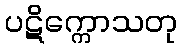
ပဋိက္ကောသတု